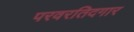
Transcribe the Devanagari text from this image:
परवरतिदगार